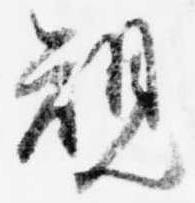
規